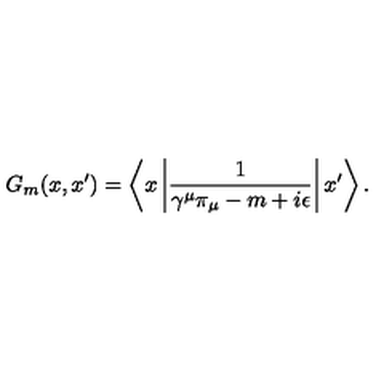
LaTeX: G _ { m } ( x , x ^ { \prime } ) = \left\langle x \left| \frac 1 { \gamma ^ { \mu } \pi _ { \mu } - m + i \epsilon } \right| x ^ { \prime } \right\rangle .